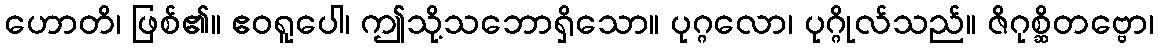
ဟောတိ၊ ဖြစ်၏။ ဧဝရူပေါ၊ ဤသို့သဘောရှိသော။ ပုဂ္ဂလော၊ ပုဂ္ဂိုလ်သည်။ ဇိဂုစ္ဆိတဗ္ဗော၊